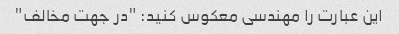
این عبارت را مهندسی معکوس کنید: "در جهت مخالف"